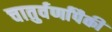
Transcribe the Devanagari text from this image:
चातुर्वर्णांपैकी